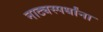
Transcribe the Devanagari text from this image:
नाट्यस्पर्धांना